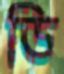
ডি